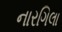
નારગિલા